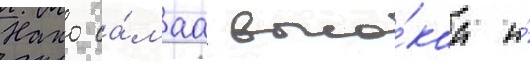
Нако са́маа высо́каа и́